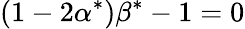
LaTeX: \left(1-2\alpha^{*}\right)\beta^{*}-1=0